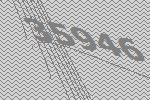
35946